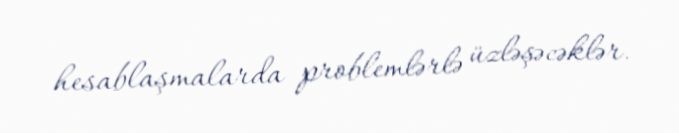
hesablaşmalarda problemlərlə üzləşəcəklər.